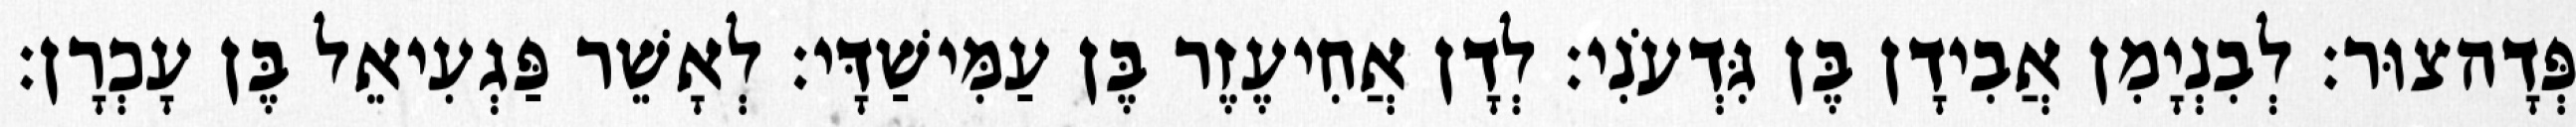
פְּדָהצוּר׃ לְבִנְיָמִן אֲבִידָן בֶּן גִּדְעֹנִי׃ לְדָן אֲחִיעֶזֶר בֶּן עַמִּישַׁדָּי׃ לְאָשֵׁר פַּגְעִיאֵל בֶּן עָכְרָן׃